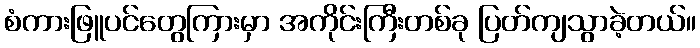
စံကားဖြူပင်တွေကြားမှာ အကိုင်းကြီးတစ်ခု ပြတ်ကျသွာခဲ့တယ်။